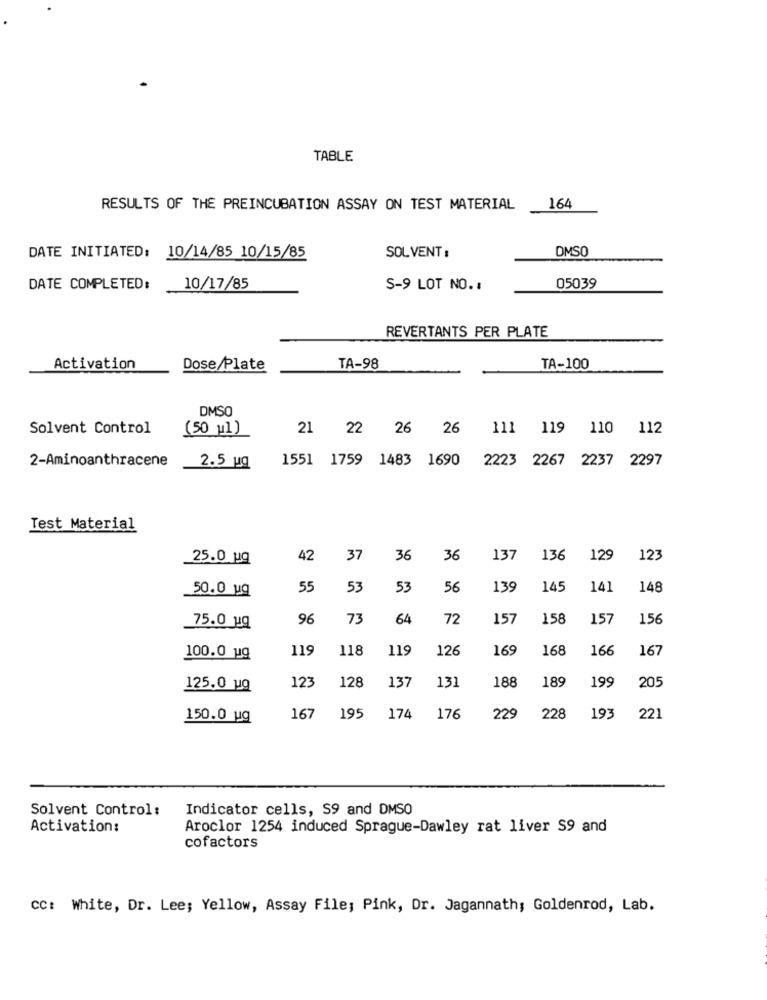
TABLE
RESULTS OF THE PREINCUBATION ASSAY ON TEST MATERIAL
164
DMSO
DATE INITIATED: 10/14/85 10/15/85
SOL VENT :
05039
DATE COMPLETED:
10/17/85
S-9 LOT NO. :
REVERTANTS PER PLATE
Activation
Dose/Plate
TA-98
TA-100
DMSO
Solvent Control
(50 u1)
21 22 26 26
111 119 110 112
1551 1759 1483 1690
2223 2267 2237 2297
2-Aminoanthracene
2.5 ug
Test Material
25.0 ug
42
37
36
36
137
136
129
123
50.0 ug
55
53
53
56
139
145
141
148
75.0 uq
96
73
64
72
157
158
157
156
119
118
119
126
169
168
166
167
100.0 ug
189
199
205
125.0 ug
123
128
137
131
188
150.0 ug
167
195
174
176
229
228
193
221
Solvent Control:
Indicator cells, S9 and DMSO
Activation:
Aroclor 1254 induced Sprague-Dawley rat liver S9 and
cofactors
CC: White, Dr. Lee; Yellow, Assay File; Pink, Dr. Jagannath; Goldenrod, Lab.